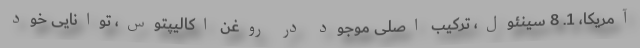
آمریکا، 1. 8 سینئول، ترکیب اصلی موجود در روغن اکالیپتوس، توانایی خود